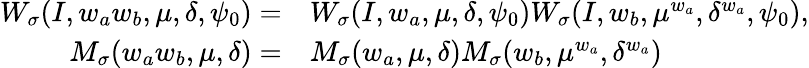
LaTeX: \begin{array}{rl}{W_{\sigma}(I,w_{a}w_{b},\mu,\delta,\psi_{0})=}&{W_{\sigma}(I,w_{a},\mu,\delta,\psi_{0})W_{\sigma}(I,w_{b},\mu^{w_{a}},\delta^{w_{a}},\psi_{0}),}\\ {M_{\sigma}(w_{a}w_{b},\mu,\delta)=}&{M_{\sigma}(w_{a},\mu,\delta)M_{\sigma}(w_{b},\mu^{w_{a}},\delta^{w_{a}})}\end{array}